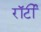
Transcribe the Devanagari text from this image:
रॉर्टी